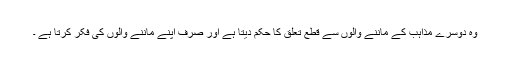
وہ دوسرے مذاہب کے ماننے والوں سے قطع تعلق کا حکم دیتا ہے اور صرف اپنے ماننے والوں کی فکر کرتا ہے ۔